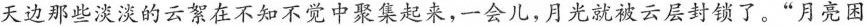
天边那些淡淡的云絮在不知不觉中聚集起来，一会儿，月光就被云层封锁了。”月亮困